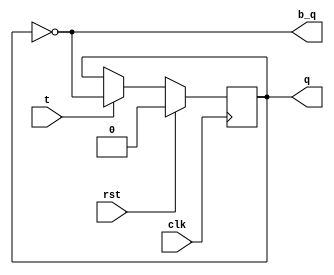
module tff(clk,rst,t,q,b_q);
  input t,clk,rst;
  output wire b_q;
  output reg q;
  
  assign b_q = ~q;
  
  always @(posedge clk)
    begin
      if(rst)
        q<=0;
      else
        begin
          if(t==1)
            q<=(~q);
          else
            q<=q;
          
        end
    end
endmodule



module mode_counter(clk, reset, mode, counter);

parameter sz=4;

input clk,reset,mode;
output wire [sz-1:0]counter;




wire [sz-1:0]q_b;
wire [sz-1:0] t;
wire inv_mode;

wire [sz-2:0]ad1, ad2, xr1;

assign t[0] =1'd1;

tff t1(clk,reset,t[0],counter[0],q_b[0]);


genvar i;
for (i=1; i<sz; i=i+1) begin

if (i==1) begin
assign ad1[i-1] = counter[i-1] & ~mode;
assign ad2[i-1] = q_b[i-1] & mode;
assign xr1[i-1] = ad1[i-1] ^ ad2[i-1];
end
else begin
assign ad1[i-1] = counter[i-1] & ad1[i-2];
assign ad2[i-1] = q_b[i-1] & ad2[i-2];
assign xr1[i-1] = ad1[i-1] ^ ad2[i-1];
end
 tff t1(clk,reset,xr1[i-1],counter[i],q_b[i]);
end



endmodule